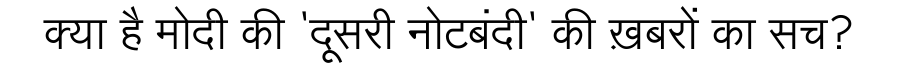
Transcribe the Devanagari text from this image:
क्या है मोदी की 'दूसरी नोटबंदी' की ख़बरों का सच?